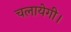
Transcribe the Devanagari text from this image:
चलायेगी।